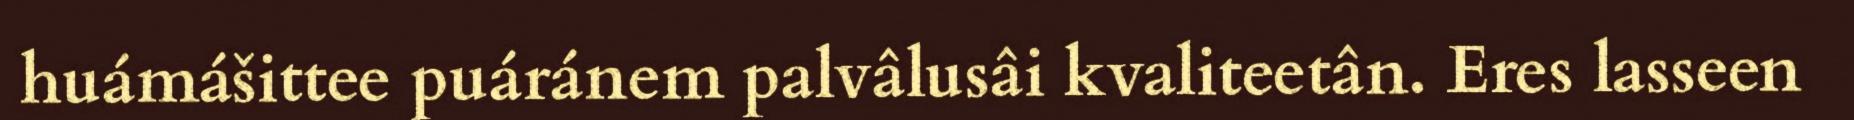
huámášittee puáránem palvâlusâi kvaliteetân. Eres lasseen